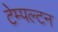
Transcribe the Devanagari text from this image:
टेम्पल्टन